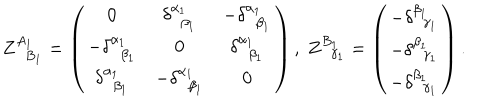
Z _ { \; \; B _ { 1 } } ^ { A _ { 1 } } = \left( \begin{array} { c c c } { { \mathbf { 0 } } } & { { \delta _ { \; \; \beta _ { 1 } } ^ { \alpha _ { 1 } } } } & { { - \delta _ { \; \; \beta _ { 1 } } ^ { \alpha _ { 1 } } } } \\ { { - \delta _ { \; \; \beta _ { 1 } } ^ { \alpha _ { 1 } } } } & { { \mathbf { 0 } } } & { { \delta _ { \; \; \beta _ { 1 } } ^ { \alpha _ { 1 } } } } \\ { { \delta _ { \; \; \beta _ { 1 } } ^ { \alpha _ { 1 } } } } & { { - \delta _ { \; \; \beta _ { 1 } } ^ { \alpha _ { 1 } } } } & { { \mathbf { 0 } } } \\ \end{array} \right) , \; Z _ { \; \; \gamma _ { 1 } } ^ { B _ { 1 } } = \left( \begin{array} { c } { { - \delta _ { \; \; \gamma _ { 1 } } ^ { \beta _ { 1 } } } } \\ { { - \delta _ { \; \; \gamma _ { 1 } } ^ { \beta _ { 1 } } } } \\ { { - \delta _ { \; \; \gamma _ { 1 } } ^ { \beta _ { 1 } } } } \\ \end{array} \right) .